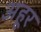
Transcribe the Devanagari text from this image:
अहूर